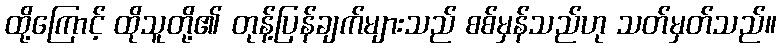
ထို့ကြောင့် ထိုသူတို့၏ တုန့်ပြန်ချက်များသည် စစ်မှန်သည်ဟု သတ်မှတ်သည်။